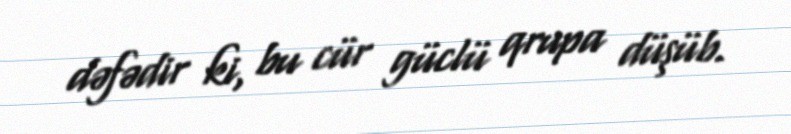
dəfədir ki, bu cür güclü qrupa düşüb.